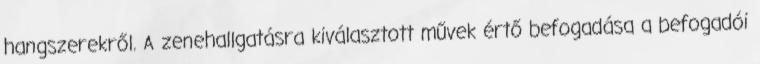
hangszerekről. A zenehallgatásra kiválasztott művek értő befogadása a befogadói